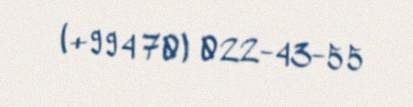
(+994 70) 022-43-55